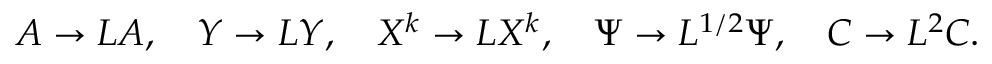
A \to L A , \quad Y \to L Y , \quad X ^ { k } \to L X ^ { k } , \quad \Psi \to L ^ { 1 / 2 } \Psi , \quad C \to L ^ { 2 } C .